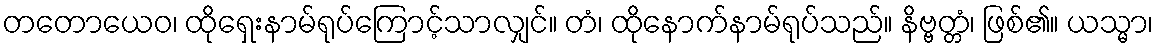
တတောယေဝ၊ ထိုရှေးနာမ်ရုပ်ကြောင့်သာလျှင်။ တံ၊ ထိုနောက်နာမ်ရုပ်သည်။ နိဗ္ဗတ္တံ၊ ဖြစ်၏။ ယသ္မာ၊